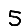
Digit: 5